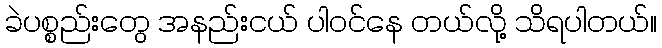
ခဲပစ္စည်းတွေ အနည်းငယ် ပါဝင်နေ တယ်လို့ သိရပါတယ်။